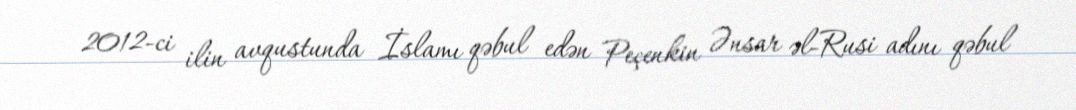
2012-ci ilin avqustunda İslamı qəbul edən Peçenkin Ənsar əl-Rusi adını qəbul